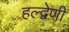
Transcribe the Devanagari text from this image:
हल्द्वेणी